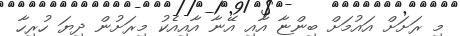
މި ރަށަށް އައުމަށް ބިންޏާ އާއި އޭނާ އާއިއެކު މިރަށުން ދިޔަ ހުރިހާ